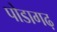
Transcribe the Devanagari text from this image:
पोडागढ़